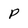
Character: P